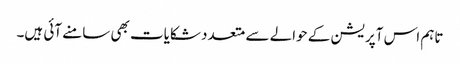
تاہم اس آپریشن کے حوالے سے متعدد شکایات بھی سامنے آئی ہیں۔